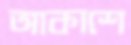
আকাশে